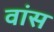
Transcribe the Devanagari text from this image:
वांस